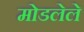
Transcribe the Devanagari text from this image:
मोडलेले